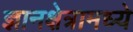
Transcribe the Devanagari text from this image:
ज्ञानक्षेत्रामध्ये